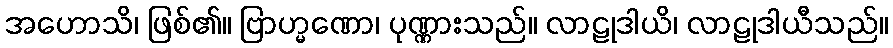
အဟောသိ၊ ဖြစ်၏။ ဗြာဟ္မဏော၊ ပုဏ္ဏားသည်။ လာဠုဒါယိ၊ လာဠုဒါယီသည်။